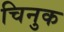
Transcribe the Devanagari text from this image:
चिनुक